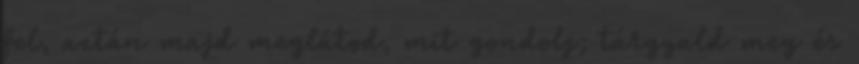
fel, aztán majd meglátod, mit gondolj; tárgyald meg és